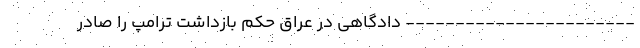
----------------------- دادگاهی در عراق حکم بازداشت ترامپ را صادر